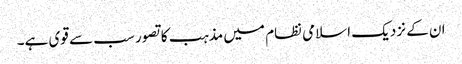
ان کے نزدیک اسلامی نظام میں مذہب کا تصور سب سے قوی ہے۔